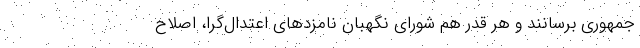
جمهوری برسانند و هر قدر هم شورای نگهبان نامزدهای اعتدال‌گرا، اصلاح